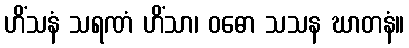
ဟိံသနံ သရဏံ ဟိံသာ၊ ဝဓော သသန ဃာတနံ။